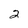
Character: 2